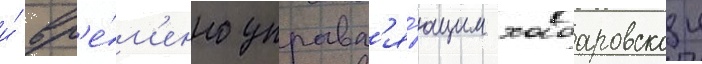
и́ вр'е́м'енно управл'я́ющим хабаровскои